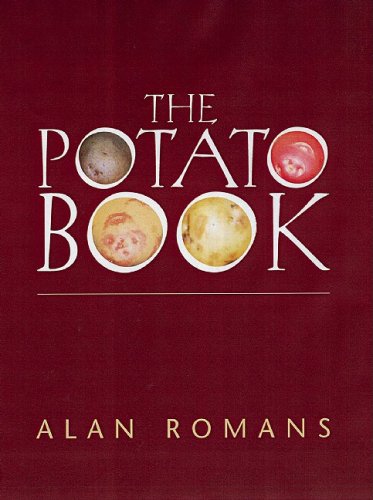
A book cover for The Potato Book; Alan Romans; Cookbooks, Food & Wine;